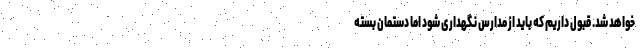
خواهد شد. قبول داریم که باید از مدارس نگهداری شود اما دستمان بسته